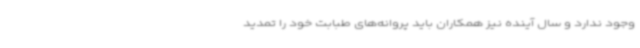
وجود ندارد و سال آینده نیز همکاران باید پروانه‌های طبابت خود را تمدید